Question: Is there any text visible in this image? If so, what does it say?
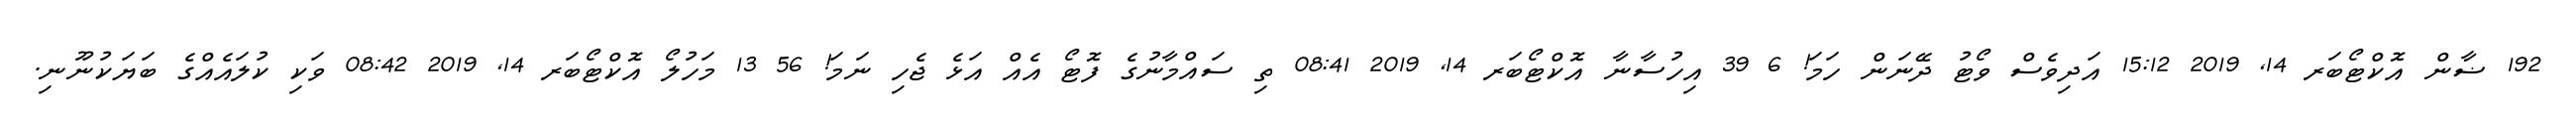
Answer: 192 ޟާން އޮކްޓޯބަރ 14, 2019 15:12 އަދިވެސް ވޯޓު ދޭނަން ހަމަ! 6 39 އިހުސާނާ އޮކްޓޯބަރ 14, 2019 08:41 ތި ސައްމާނުގެ ފޮޓޯ އެއް އަޅެ ޖެހި ނަމަ! 56 13 މަހުލޯ އޮކްޓޯބަރ 14, 2019 08:42 ވަކި ކުލައެއްގެ ބަޔަކުނޫނި.